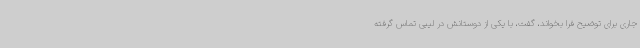
جاری برای توضیح فرا بخواند، گفت، با یکی از دوستانش در لیبی تماس گرفته